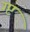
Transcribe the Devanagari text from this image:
ग्प्ट